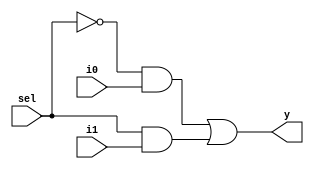
module mux21(
 input i0,i1,sel,
 output y
 );
 
 //wire w1,w2,sbar; 
  //y = sbar*i0 + s *i1
  
  
 // `ifdef DFLOW
  assign y =  (~(sel) & i0) | sel &i1;
 // `endif
  
 // `ifdef GFLOW
 /* not n1(sbar,sel);
  and a1(w1,sbar, i0);
  and a2(w2,sel, i1);
  or  a3(y , w1, w2);*/
 // `endif
  
 
endmodule